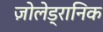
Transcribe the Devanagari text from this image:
ज़ोलेड्रानिक